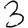
Digit: 3